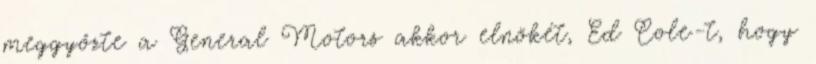
meggyőzte a General Motors akkor elnökét, Ed Cole-t, hogy